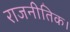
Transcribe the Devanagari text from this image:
राजनीतिक।